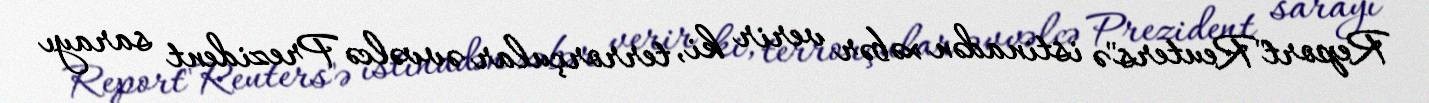
Report"Reuters"ə istinadən xəbər verir ki, terrorçular əvvəlcə Prezident sarayı